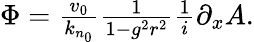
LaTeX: \begin{array}{r}{\Phi=\frac{v_{0}}{k_{n_{0}}}\frac{1}{1-g^{2}r^{2}}\frac{1}{i}\partial_{x}A.}\end{array}